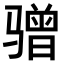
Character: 𫘯